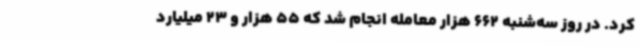
کرد. در روز سه‌شنبه 662 هزار معامله انجام شد که 55 هزار و 23 میلیارد